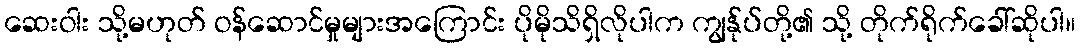
ဆေးဝါး သို့မဟုတ် ဝန်ဆောင်မှုများအကြောင်း ပိုမိုသိရှိလိုပါက ကျွန်ုပ်တို့၏ သို့ တိုက်ရိုက်ခေါ်ဆိုပါ။